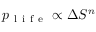
p _ { \mathrm { ~ l ~ i ~ f ~ e ~ } } \propto \Delta S ^ { n }